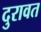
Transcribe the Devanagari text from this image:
दुरावत